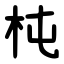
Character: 杶